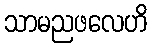
သာမညဖလေဟိ